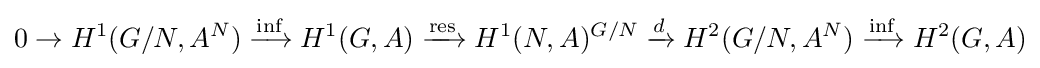
0\to H^{1}(G/N,A^{N})\xrightarrow {\text{inf}} H^{1}(G,A)\xrightarrow {\text{res}} H^{1}(N,A)^{G/N}\xrightarrow {d} H^{2}(G/N,A^{N})\xrightarrow {\text{inf}} H^{2}(G,A)